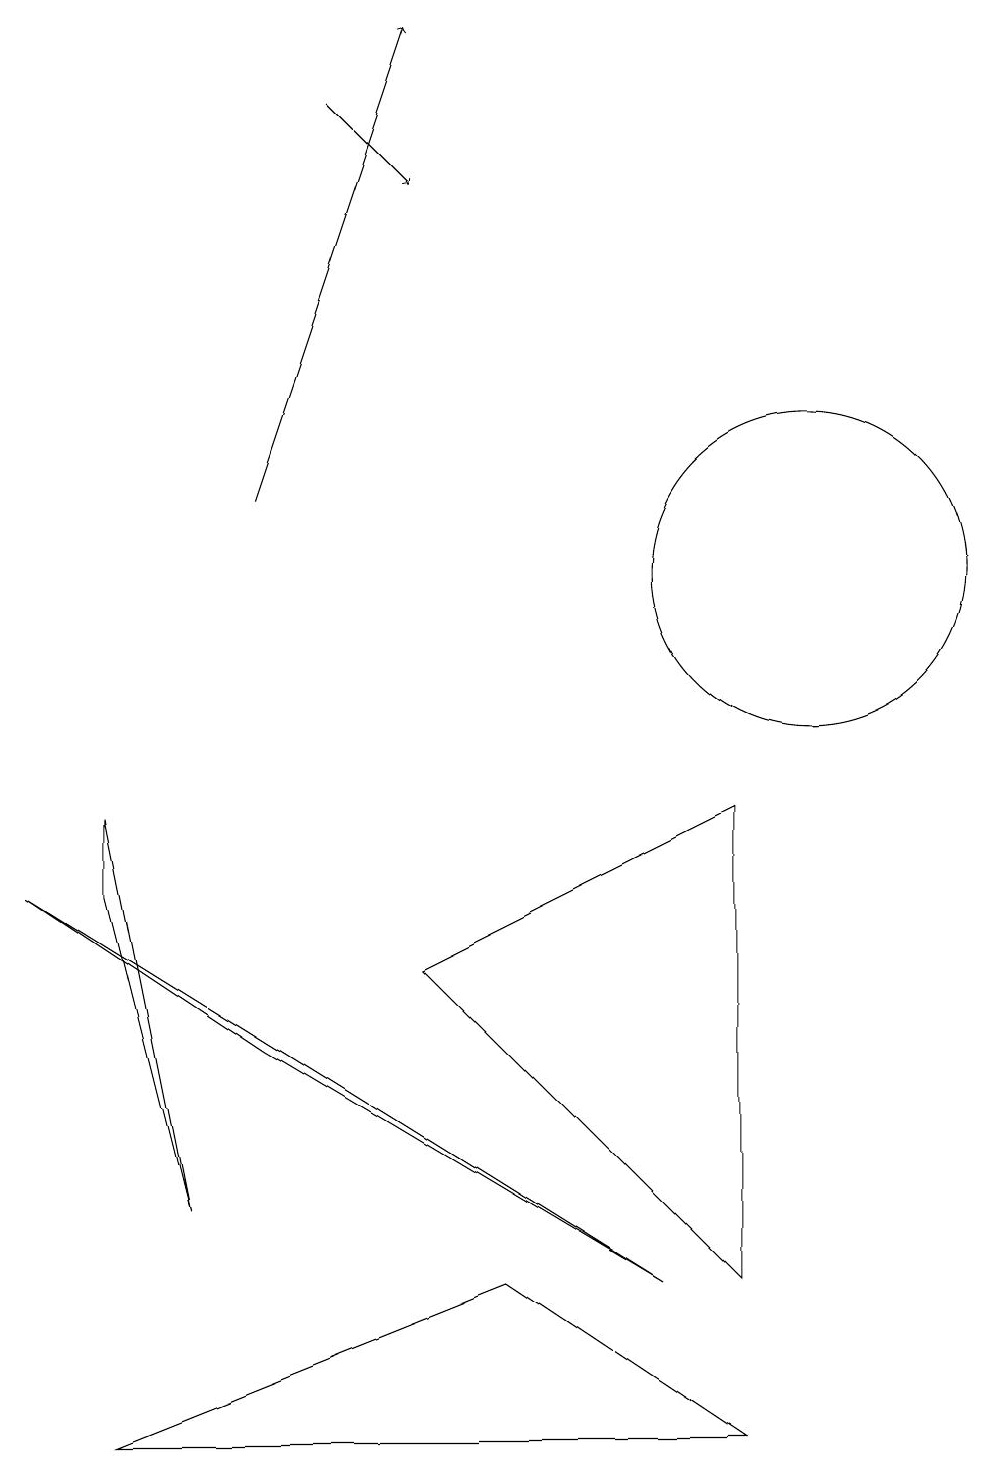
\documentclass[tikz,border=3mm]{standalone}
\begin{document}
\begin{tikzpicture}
\draw (0,8) -- (3,6) -- (8,3) -- cycle;
\draw[->] (4,18) -- (5,17);
\draw (1,9) -- (2,4) -- (1,8) -- cycle;
\draw[->] (3,13) -- (5,19);
\draw (10,12) circle (0);
\draw (1,1) -- (6,3) -- (9,1) -- cycle;
\draw (9,3) -- (9,9) -- (5,7) -- cycle;
\draw (10,12) circle (2);
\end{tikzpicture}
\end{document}